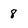
Character: 8